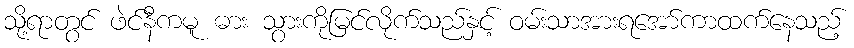
သို့ရာတွင် ဖဲင်နီကမူ ဓား သွားကိုမြင်လိုက်သည်နှင့် ဝမ်းသာအားရအော်ကာထက်နေသည့်